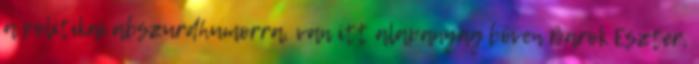
a politikai abszurdhumorra, van itt alapanyag bőven Barok Eszter,